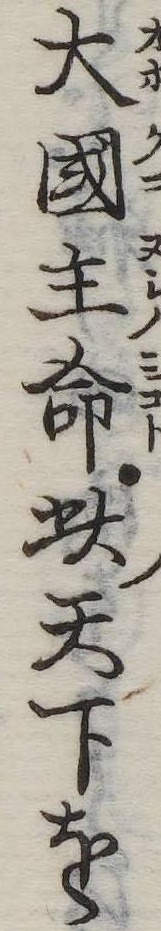
大国主命此天下を